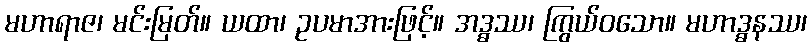
မဟာရာဇ၊ မင်းမြတ်။ ယထာ၊ ဥပမာအားဖြင့်။ အဒ္ဓဿ၊ ကြွယ်ဝသော။ မဟာဒ္ဓနဿ၊